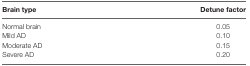
| Brain type | Detune factor |
 | --- | --- |
 | Normal brain | 0.05 |
 | Mild AD | 0.10 |
 | Moderate AD | 0.15 |
 | Severe AD | 0.20 |